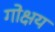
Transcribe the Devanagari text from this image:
गोक्षय